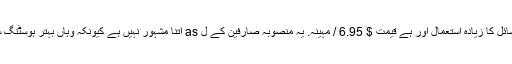
یہ منصوبہ ہے وسائل کا زیادہ استعمال اور ہے قیمت $ 6.95 / مہینہ. یہ منصوبہ صارفین کے ل as اتنا مشہور نہیں ہے کیونکہ وہاں بہتر ہوسٹنگ سودے موجود ہیں۔